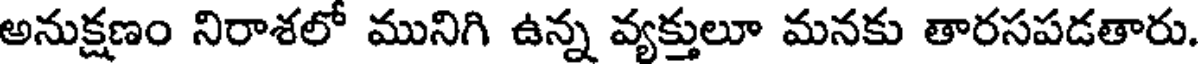
అనుక్షణం నిరాశలో మునిగి ఉన్న వ్యక్తులూ మనకు తారసపడతారు.